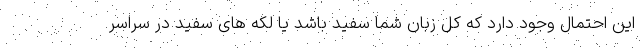
این احتمال وجود دارد که کل زبان شما سفید باشد یا لکه های سفید در سراسر